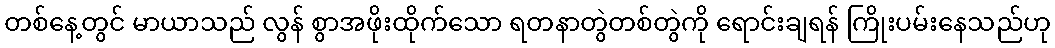
တစ်နေ့တွင် မာယာသည် လွန် စွာအဖိုးထိုက်သော ရတနာတွဲတစ်တွဲကို ရောင်းချရန် ကြိုးပမ်းနေသည်ဟု